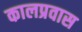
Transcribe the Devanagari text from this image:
कालप्रवास